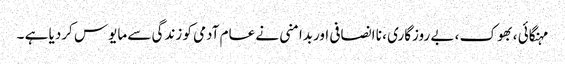
مہنگائی ، بھوک ، بے روزگاری ، نا انصافی اوربدامنی نے عام آدمی کو زندگی سے مایوس کردیا ہے ۔